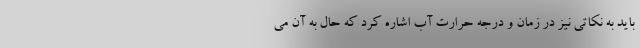
باید به نکاتی نیز در زمان و درجه حرارت آب اشاره کرد که حال به آن می